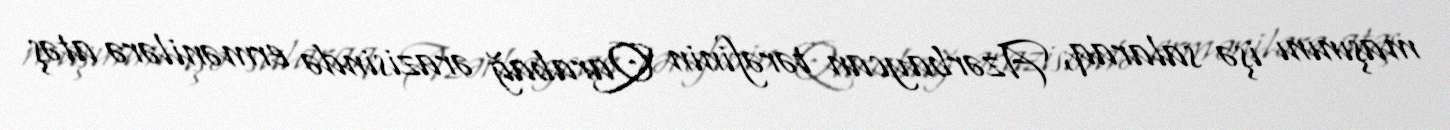
maşınını işə salaraq, Azərbaycan tərəfinin Qarabağ ərazisində ermənilərə atəş